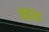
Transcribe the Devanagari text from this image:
कइत्थ